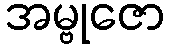
အမ္ဗုဇော